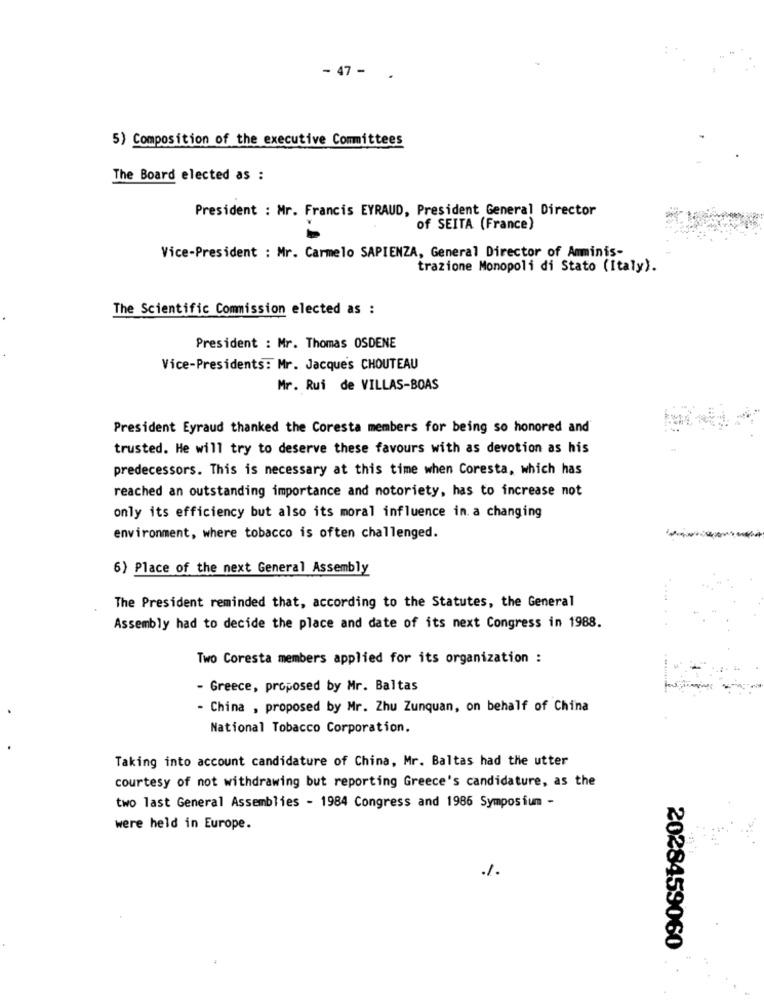
- 47 - .
5) Composition of the executive Committees
The Board elected as :
President : Mr. Francis EYRAUD, President General Director
of SEITA (France)
Vice-President : Mr. Carmelo SAPIENZA, General Director of Amminis-
trazione Monopoli di Stato (Italy).
The Scientific Commission elected as :
President : Mr. Thomas OSDENE
Vice-Presidents: Mr. Jacque's CHOUTEAU
Mr. Rui de VILLAS-BOAS
President Eyraud thanked the Coresta members for being so honored and
trusted. He will try to deserve these favours with as devotion as his
predecessors. This is necessary at this time when Coresta, which has
reached an outstanding importance and notoriety, has to increase not
only its efficiency but also its moral influence in a changing
environment, where tobacco is often challenged.
6) Place of the next General Assembly
The President reminded that, according to the Statutes, the General
Assembly had to decide the place and date of its next Congress in 1988.
Two Coresta members applied for its organization :
- Greece, proposed by Mr. Baltas
- China , proposed by Mr. Zhu Zunquan, on behalf of China
National Tobacco Corporation.
Taking into account candidature of China, Mr. Baltas had the utter
courtesy of not withdrawing but reporting Greece's candidature, as the
two last General Assemblies - 1984 Congress and 1986 Symposium -
were held in Europe.
2028459060